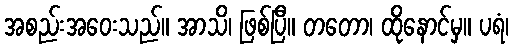
အစည်းအဝေးသည်။ အာသိ၊ ဖြစ်ပြီ။ တတော၊ ထိုနောင်မှ။ ပရံ၊